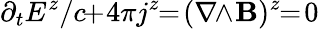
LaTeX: \partial_{t}E^{z}/c\! \! +\! 4\pi j^{z}\! \! =\! (\nabla\! \! \wedge\! {\mathbf B})^{z}\! \! =\! 0